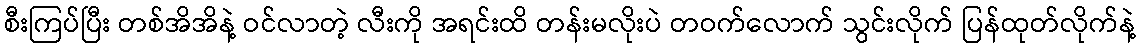
စီးကြပ်ပြီး တစ်အိအိနဲ့ ဝင်လာတဲ့ လီးကို အရင်းထိ တန်းမလိုးပဲ တဝက်လောက် သွင်းလိုက် ပြန်ထုတ်လိုက်နဲ့